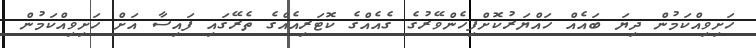
ހަށިވިއްކަމުން ދިޔަ ބައެއް ހައްޔަރުކޮށްފިހެންވޭރުގެ ގެއެއްގެ ކޮޓަރިއެއްގެ ތެރޭގައި ފައިސާ އަށް ހަށިވިއްކަމުން